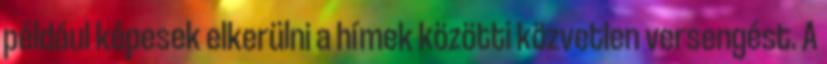
például képesek elkerülni a hímek közötti közvetlen versengést. A